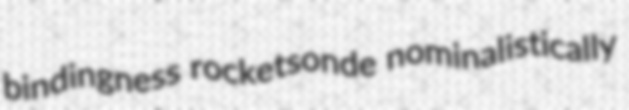
bindingness rocketsonde nominalistically